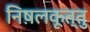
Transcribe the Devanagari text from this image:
निष़लकूत्तु